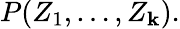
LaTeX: P(Z_{1},\dots,Z_{\mathbf{k}}).